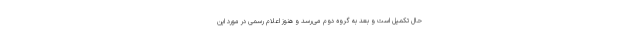
حال تکمیل است و بعد به گروه دوم می‌رسد و هنوز اعلام رسمی در مورد این